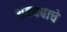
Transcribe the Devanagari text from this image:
अवयवाचे